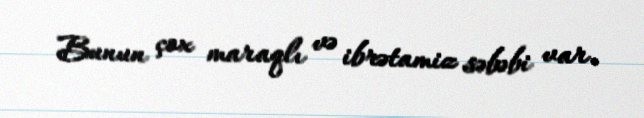
Bunun çox maraqlı və ibrətamiz səbəbi var.